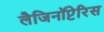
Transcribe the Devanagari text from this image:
लैजिनॉप्टेरिस